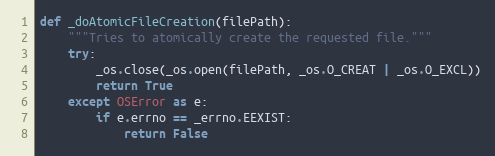
Language: Python
def _doAtomicFileCreation(filePath):
    """Tries to atomically create the requested file."""
    try:
        _os.close(_os.open(filePath, _os.O_CREAT | _os.O_EXCL))
        return True
    except OSError as e:
        if e.errno == _errno.EEXIST:
            return False